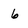
Character: 6